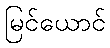
မြင်ယောင်